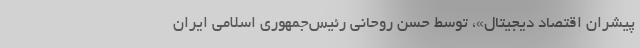
پیشران اقتصاد دیجیتال»، توسط حسن روحانی رئیس‌جمهوری اسلامی ایران